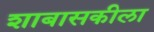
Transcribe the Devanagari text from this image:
शाबासकीला